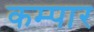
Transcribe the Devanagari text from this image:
कम्पार